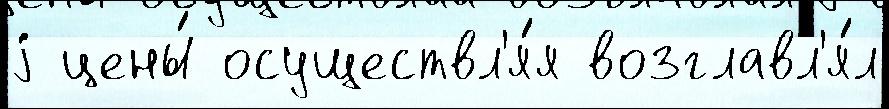
j цены́ осуществл'я́я возглавл'я́л